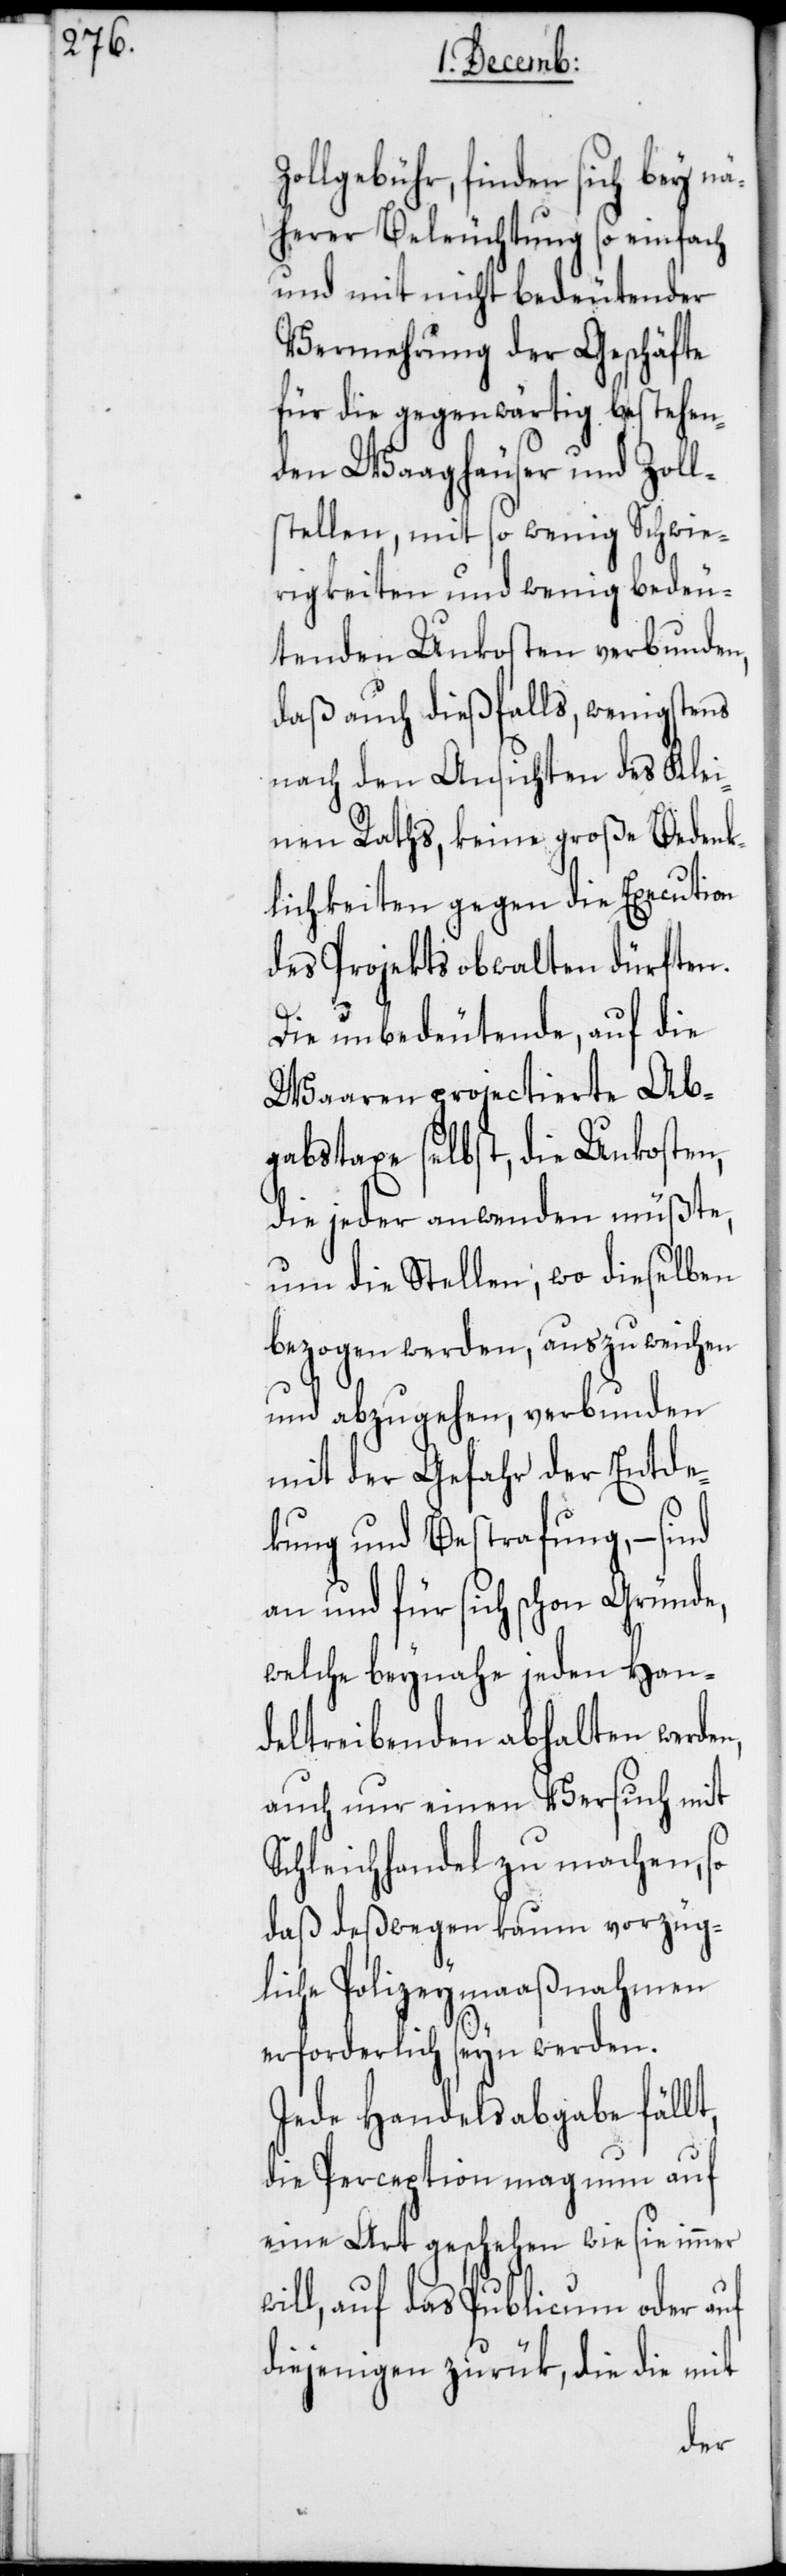
Zollgebühr, finden sich bey n¬
äherer Beleuchtung so einfach
und mit nicht bedeutender
Vermehrung der Geschäfte
für die gegenwärtig bestehen¬
den Waaghäuser und Zoll¬
stellen, mit so wenig Schwie¬
rigkeiten und wenig bedeu¬
tenden Unkosten verbunden,
daß auch dießfalls, wenigstens
nach den Ansichten des Klei¬
nen Raths, keine große Bedenk¬
lichkeiten gegen die Execution
des Projekts obwalten dürften.
Die unbedeutende, auf die
Waaren projectierte Ab¬
gabstaxe selbst, die Unkosten,
die jeder anwenden müßte,
um die Stellen, wo dieselben
bezogen werden, auszuweichen
und abzugehen, verbunden
mit der Gefahr der Entde¬
ckung und Bestrafung, – sind
an und für sich schon Gründe,
welche beynahe jeden Han¬
deltreibenden abhalten werden,
auch nur einen Versuch mit
Schleichhandel zu machen, so
daß deßwegen kaum vorzüg¬
liche Polizeymaaßnahmen
erforderlich seyn werden.
Jede Handelsabgabe fällt,
die Perception mag nun auf
eine Art geschehen wie sie immer
will, auf das Publicum oder auf
diejenigen zurük, die die mit